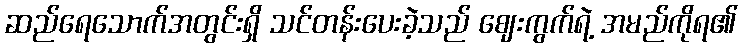
ဆည်ရေသောက်အတွင်းရှိ သင်တန်းပေးခဲ့သည် ဈေးကွက်ရဲ့ အမည်ကိုရ၏